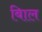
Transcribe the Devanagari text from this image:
बािल